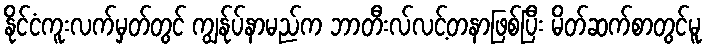
နိုင်ငံကူးလက်မှတ်တွင် ကျွန်ုပ်နာမည်က ဘာတီးလ်လင့်တနာဖြစ်ပြီး မိတ်ဆက်စာတွင်မူ